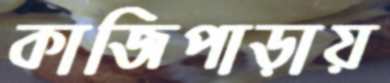
কাজিপাড়ায়